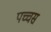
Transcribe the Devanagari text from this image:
पच्चस